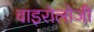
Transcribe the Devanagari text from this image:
वाइरोलोजी